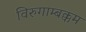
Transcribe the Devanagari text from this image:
विरुगाम्बक्कम